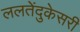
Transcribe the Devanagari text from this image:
ललतेंदुकेसरी